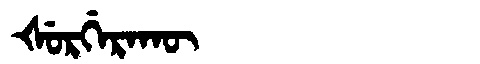
Manchu: ᡧᡠᡵᡤᡝᡵᠠᡴᡡ
Romanization: ŠURGERAKŪ